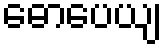
ဓောပေယျ